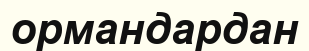
ормандардан